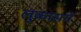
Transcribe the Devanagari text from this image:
लुकासने